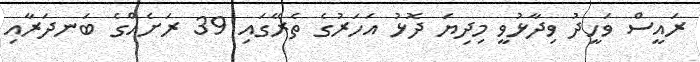
ރައީސް ވަހީދު ވިދާޅުވީ މިދިޔަ ދޮޅު އަހަރުގެ ތެރޭގައި 39 ރަށެއްގެ ބަނދަރާއި